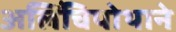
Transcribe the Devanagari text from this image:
अलिंचिपोथाने